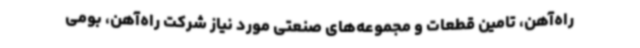
راه‌آهن، تامین قطعات و مجموعه‌های صنعتی مورد نیاز شرکت راه‌آهن، بومی